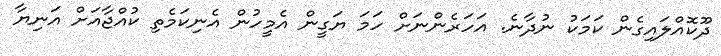
ދޫކޮއްލައިގެން ކަމަކު ނުދާނެ. އަހަރެންނަށް ހަމަ ޔަގީން އެމީހުން އެނިކަމެތި ކުއްޖާއަށް އަނިޔާ